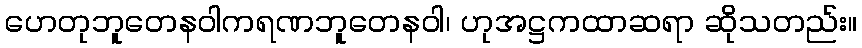
ဟေတုဘူတေနဝါကရဏဘူတေနဝါ၊ ဟုအဋ္ဌကထာဆရာ ဆိုသတည်း။